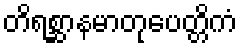
တိရစ္ဆာနမာတုပေတ္တိကံ